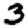
Digit: 3